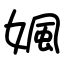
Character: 㜄